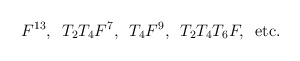
\begin{align*}F^{13},\,\,\,T_2T_4F^7,\,\,\,T_4F^9,\,\,\,T_2T_4T_6F,\,\,\,\mbox{etc.}\end{align*}